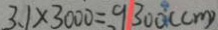
3 . 1 \times 3 0 0 0 = . 9 3 0 0 ( c m )